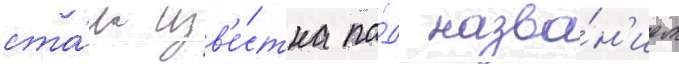
ста́ла изв'е́стна по́д назва́н'ием